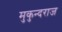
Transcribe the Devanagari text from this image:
मुकुन्दराज